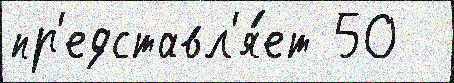
пр'едставл'я́ет 50